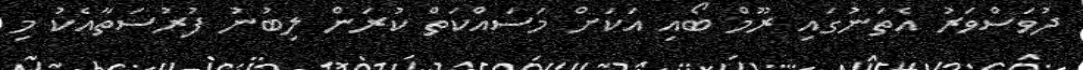
ދުވަސްވަރު އެތަނުގައި ރޫމް ބޯއި އަކަށް މަސައްކަތް ކުރަން ލިބުނު ފުރުސަތާއެކު މި